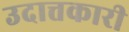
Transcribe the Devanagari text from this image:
उदात्तकारी